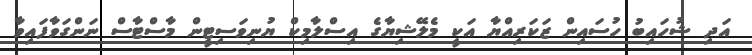
އަދި ޝުހައިބު ހުސައިން ޒަކަރިއްޔާ އަކީ މެލޭޝިޔާގެ އިސްލާމިކް ޔުނިވަސިޓީން މާސްޓާސް ނަންގަވާފައިވާ